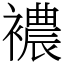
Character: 襛